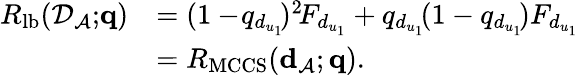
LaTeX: \begin{array}{rl}{R_{\mathrm{lb}}({\cal D}_{\cal A};\! {\mathbf q})}&{=(1-\! q_{d_{u_{1}}}\! )^{2}\! F_{d_{u_{1}}}+q_{d_{u_{1}}}\! (1-q_{d_{u_{1}}}\! )F_{d_{u_{1}}}}\\ &{=R_{\mathrm{MCCS}}({\mathbf d}_{\cal A};{\mathbf q}).}\end{array}